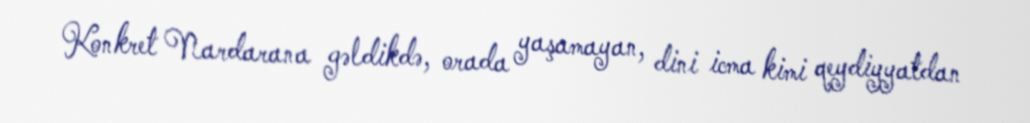
Konkret Nardarana gəldikdə, orada yaşamayan, dini icma kimi qeydiyyatdan